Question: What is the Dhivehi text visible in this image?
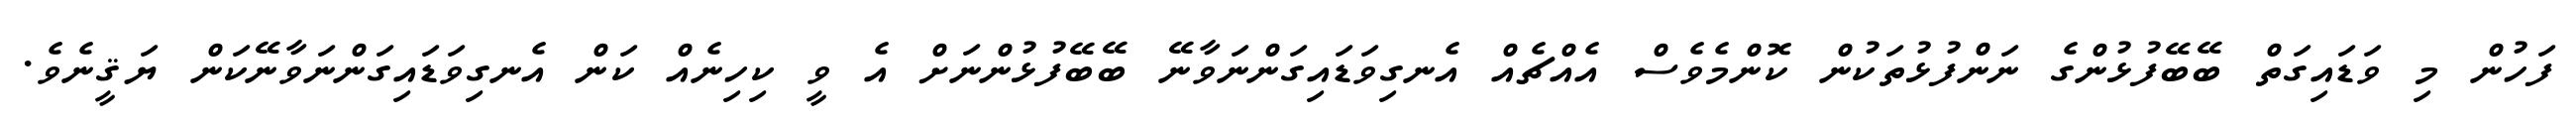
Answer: ފަހުން މި ވަޑައިގަތް ބޭބޭފުޅުންގެ ނަންފުޅުތަކުން ކޮންމެވެސް އެއްޗެއް އެނގިވަޑައިގަންނަވާނޭ ބޭބޭފުޅުންނަށް އެ ވީ ކިހިނެއް ކަން އެނގިވަޑައިގަންނަވާނޭކަން ޔަޤީނެވެ.